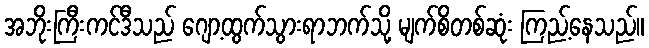
အဘိုးကြီးကင်ဒီသည် ဂျော့ထွက်သွားရာဘက်သို့ မျက်စိတစ်ဆုံး ကြည့်နေသည်။